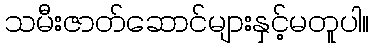
သမီးဇာတ်ဆောင်များနှင့်မတူပါ။